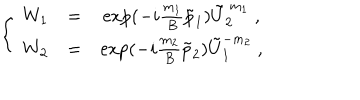
\left\{ ~ \begin{array} { c c c } { { W _ { 1 } } } & { { = } } & { { \exp ( - i \frac { m _ { 1 } } B \tilde { p } _ { 1 } ) \tilde { U } _ { 2 } ^ { ~ m _ { 1 } } ~ , } } \\ { { W _ { 2 } } } & { { = } } & { { \exp ( - i \frac { m _ { 2 } } B \tilde { p } _ { 2 } ) \tilde { U } _ { 1 } ^ { - m _ { 2 } } ~ , } } \\ \end{array} \right.